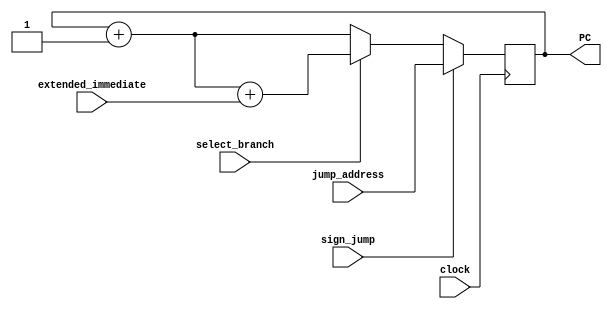
module next_PC(PC,extended_immediate,jump_address,select_branch,sign_jump,clock);

input [31:0] extended_immediate;
input select_branch,sign_jump,clock;
input [31:0] jump_address;
output reg[31:0] PC;

//Initial PC is 0
initial PC = 32'b0;

always @(posedge clock)
begin
	
	if(sign_jump == 1) begin //Jump
		PC <= jump_address;
	end
	else if(select_branch == 1)begin // Branch
		 PC <= PC + 1 + extended_immediate;
	end
	else begin 
		PC <= PC + 1;
	end
end


endmodule